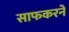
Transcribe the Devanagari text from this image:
साफकरने